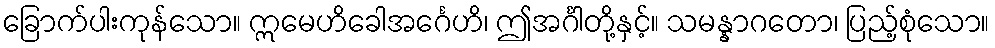
ခြောက်ပါးကုန်သော။ ဣမေဟိခေါအင်္ဂေဟိ၊ ဤအင်္ဂါတို့နှင့်။ သမန္နာဂတော၊ ပြည့်စုံသော။